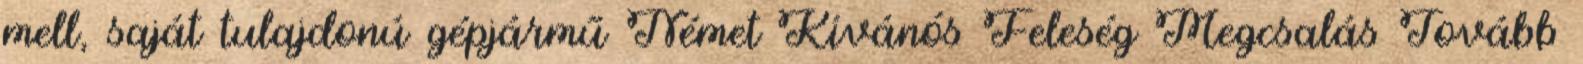
mell, saját tulajdonú gépjármű Német Kívánós Feleség Megcsalás Tovább